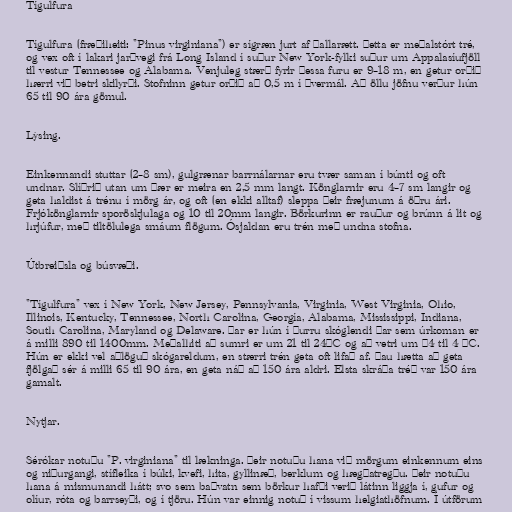
Tígulfura

Tígulfura (fræðiheiti: "Pinus virginiana") er sígræn jurt af þallarætt. Þetta er meðalstórt tré,
og vex oft í lakari jarðvegi frá Long Island í suður New York-fylki suður um Appalasíufjöll
til vestur Tennessee og Alabama. Venjuleg stærð fyrir þessa furu er 9–18 m, en getur orðið
hærri við betri skilyrði. Stofninn getur orðið að 0,5 m í þvermál. Að öllu jöfnu verður hún
65 til 90 ára gömul.

Lýsing.

Einkennandi stuttar (2–8 sm), gulgrænar barrnálarnar eru tvær saman í búnti og oft
undnar. Slíðrið utan um þær er meira en 2,5 mm langt. Könglarnir eru 4–7 sm langir og
geta haldist á trénu í mörg ár, og oft (en ekki alltaf) sleppa þeir fræjunum á öðru ári.
Frjókönglarnir sporöskjulaga og 10 til 20mm langir. Börkurinn er rauður og brúnn á lit og
hrjúfur, með tiltölulega smáum flögum. Ósjaldan eru trén með undna stofna.

Útbreiðsla og búsvæði.

"Tígulfura" vex í New York, New Jersey, Pennsylvania, Virginia, West Virginia, Ohio,
Illinois, Kentucky, Tennessee, North Carolina, Georgía, Alabama, Mississippi, Indiana,
South Carolina, Maryland og Delaware. Þar er hún í þurru skóglendi þar sem úrkoman er
á milli 890 til 1400mm. Meðalhiti að sumri er um 21 til 24°C og að vetri um −4 til 4 °C.
Hún er ekki vel aðlöguð skógareldum, en stærri trén geta oft lifað af. Þau hætta að geta
fjölgað sér á milli 65 til 90 ára, en geta náð að 150 ára aldri. Elsta skráða tréð var 150 ára
gamalt.

Nytjar.

Sérókar notuðu "P. virginiana" til lækninga. Þeir notuðu hana við mörgum einkennum eins
og niðurgangi, stífleika í búki, kvefi, hita, gyllinæð, berklum og hægðatregðu. Þeir notuðu
hana á mismunandi hátt; svo sem baðvatn sem börkur hafði verið látinn liggja í, gufur og
olíur, róta og barrseyði, og í tjöru. Hún var einnig notuð í vissum helgiathöfnum. Í útförum